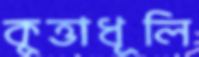
কুত্তাধূলি